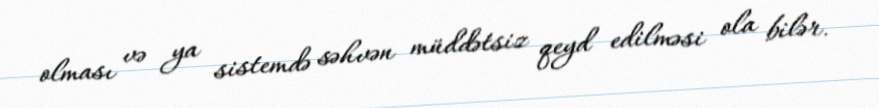
olması və ya sistemdə səhvən müddətsiz qeyd edilməsi ola bilər.